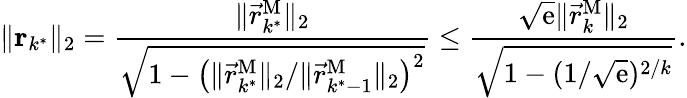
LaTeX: \| \mathbf{r}_{k^{*}}\| _{2}=\frac{\| \vec{r}_{k^{*}}^{\mathrm{M}}\| _{2}}{\sqrt{1-\left(\| \vec{r}_{k^{*}}^{\mathrm{M}}\| _{2}/\| \vec{r}_{k^{*}-1}^{\mathrm{M}}\| _{2}\right)^{2}}}\leq\frac{\sqrt{\mathrm{e}}\| \vec{r}_{k}^{\mathrm{M}}\| _{2}}{\sqrt{1-(1/\sqrt{\mathrm{e}})^{2/k}}}.